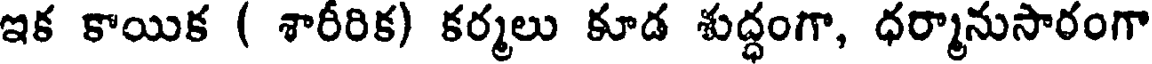
ఇక కాయిక ( శారీరిక) కర్మలు కూడ శుద్ధంగా, ధర్మానుసారంగా